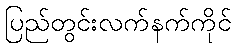
ပြည်တွင်းလက်နက်ကိုင်